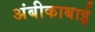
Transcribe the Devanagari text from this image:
अंबीकाबाई